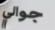
جوالي